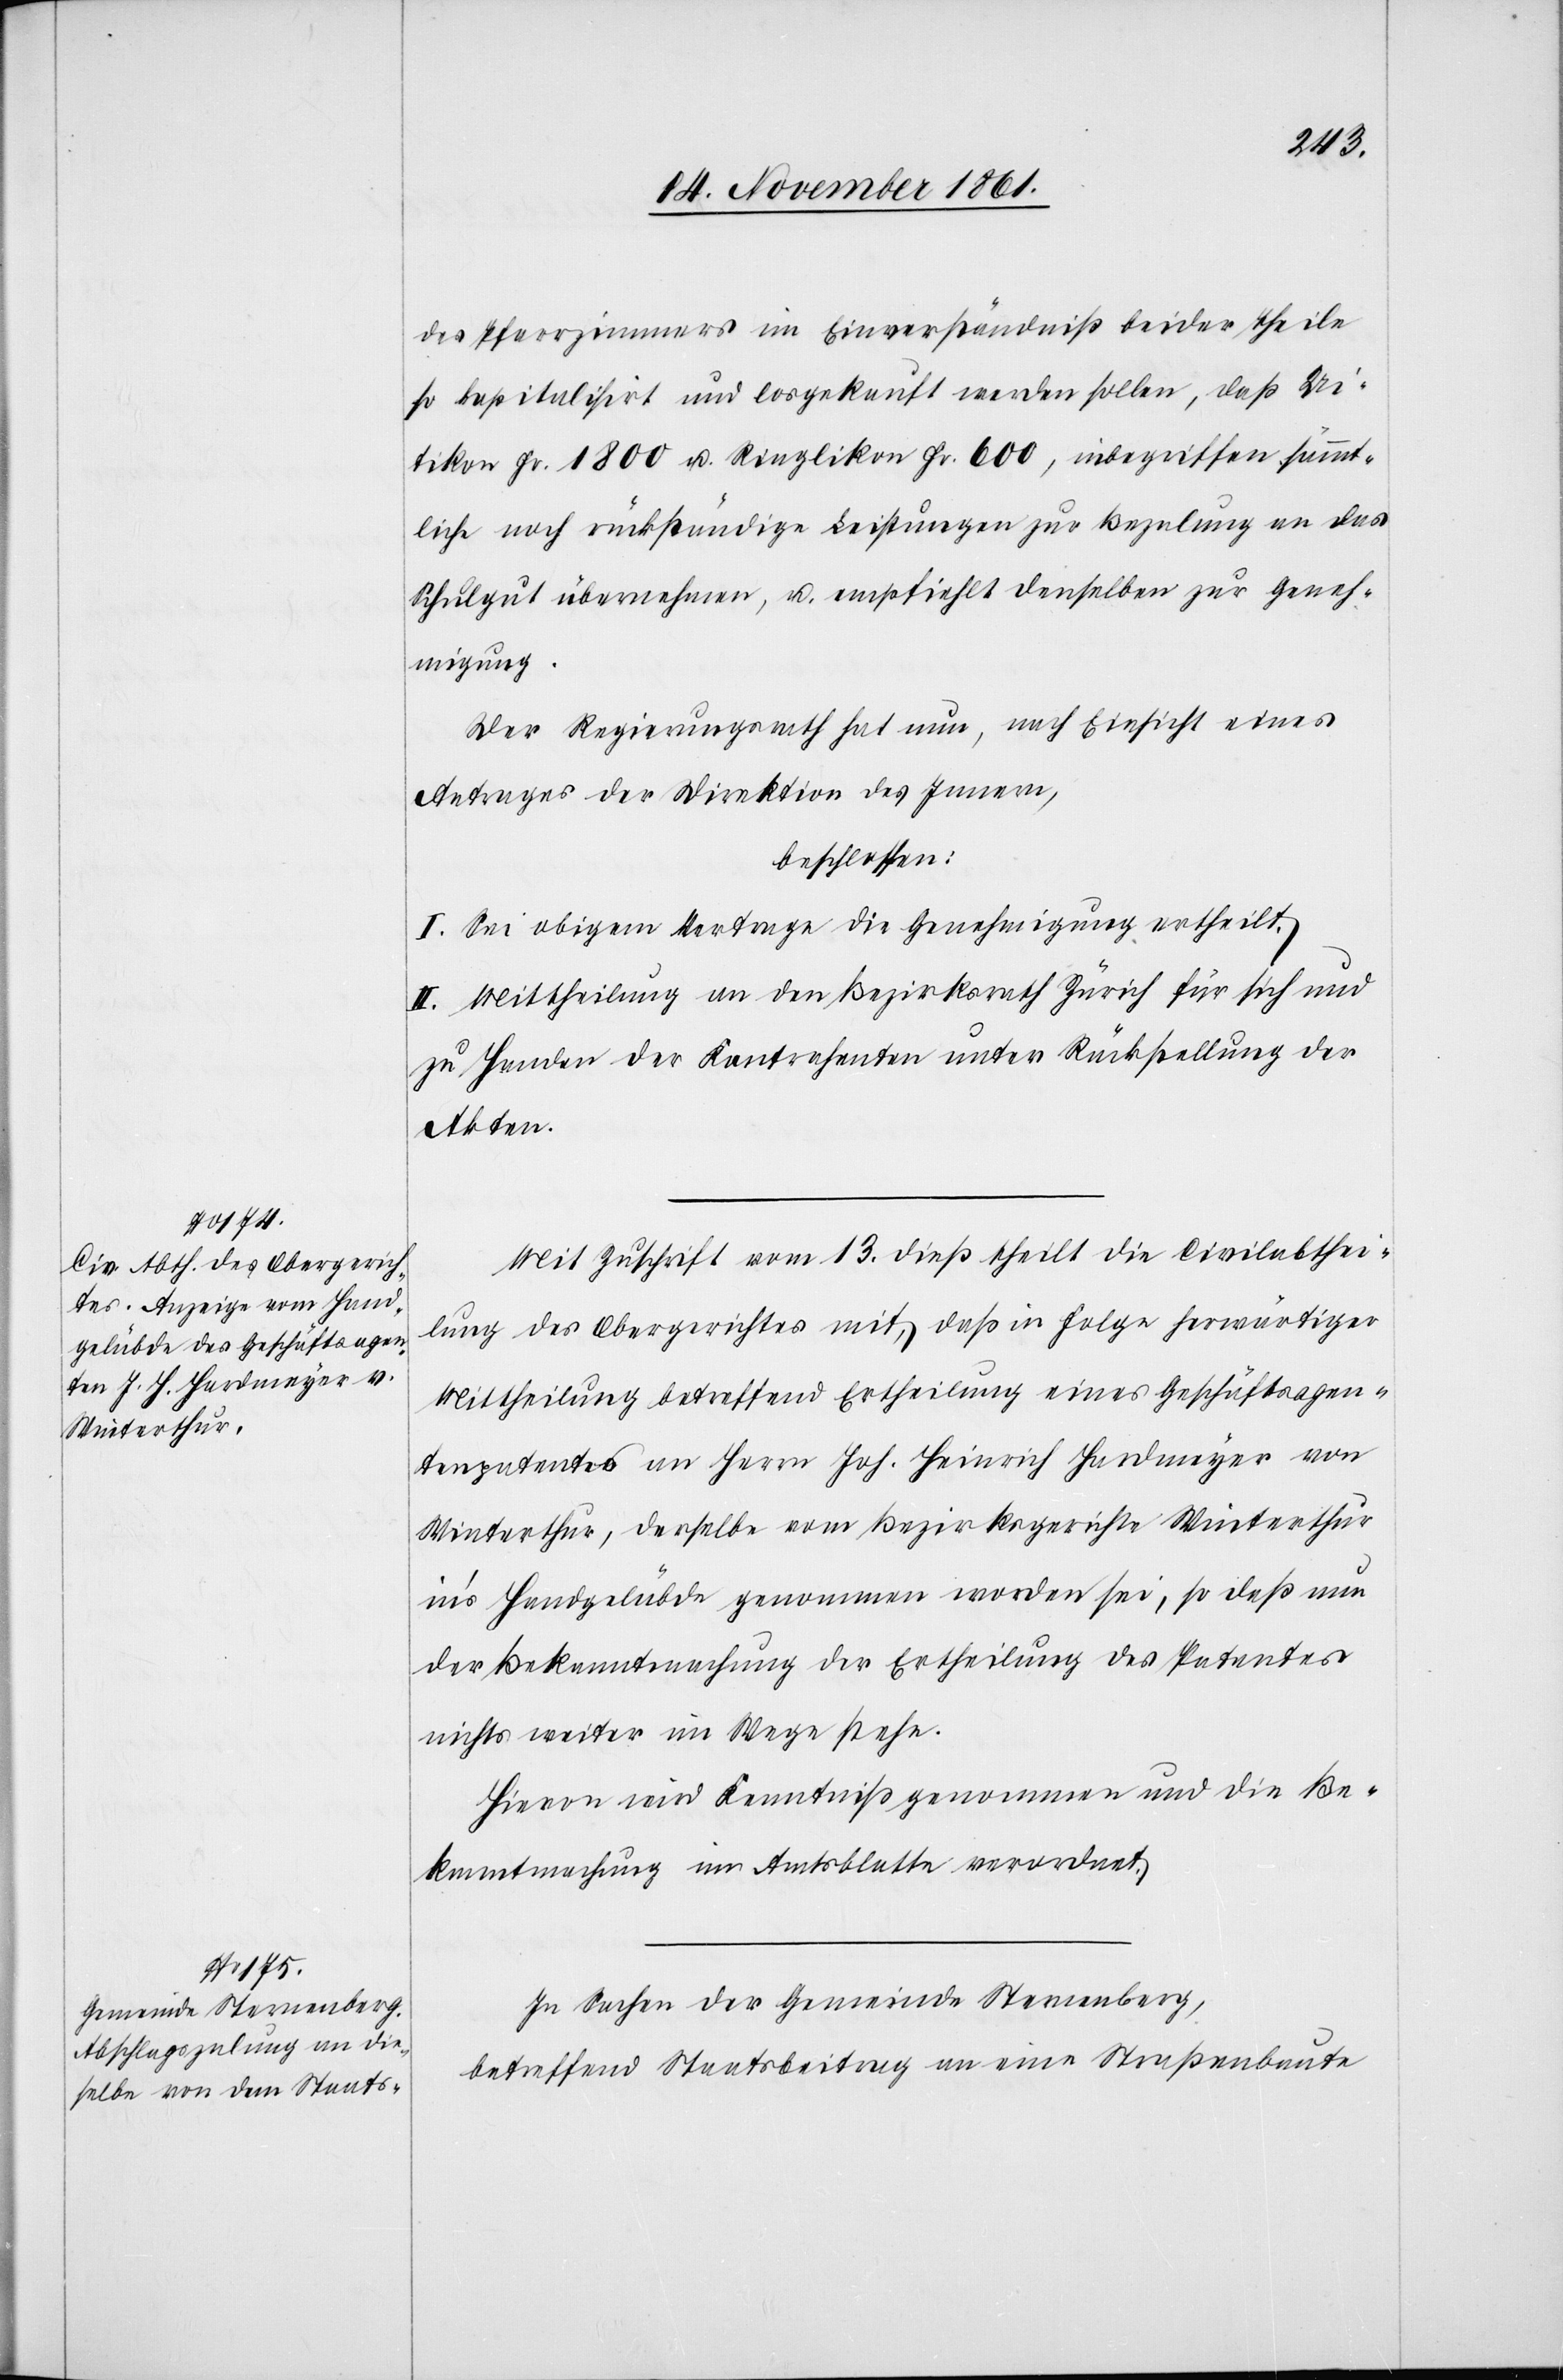
des Pfarrzimmers im Einverständniß beider Theile
so hospitalisirt und losgekauft werden sollen, daß Ui¬
tikon Fr. 1800 u. Ringlikon Fr. 600, inbegriffen sämmt¬
liche noch rückständige Leistungen zur Bezalung an das
Schulgut übernehmen, u. empfiehlt denselben zur Geneh¬
migung.
Der Regierungsrath hat nun, nach Einsicht eines
Antrages der Direktion des Innern,
beschlossen:
I. Sei obigem Vertrage die Genehmigung ertheilt.
II. Mittheilung an den Bezirksrath Zürich für sich und
zu Handen der Kontrahenten unter Rückstellung der
Akten.
Mit Zuschrift vom 13 dieß theilt die Civilabthei¬
lung des Obergerichtes mit, daß in Folge herwärtiger
Mittheilung betreffend Ertheilung eines Geschäftsagen¬
tenpatentes an Herrn Joh. Heinrich Hardmeyer von
Winterthur, derselbe vom Bezirksgerichte Winterthur
in’s Handgelübde genommen worden sei, so daß nun
der Bekanntmachung der Ertheilung des Patentes
nichts weiter im Wege stehe.
Hievon wird Kenntniß genommen und die Be¬
kanntmachung im Amtsblatte verordnet.
In Sachen der Gemeinde Sternenberg,
betreffend Staatsbeitrag an eine Straßenbaute